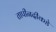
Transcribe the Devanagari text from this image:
तापीनदीकडे